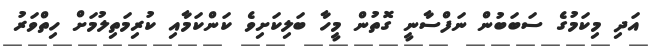
އަދި މިކަމުގެ ސަބަބުން ނަފްސާނީ ގޮތުން މީހާ ބަލިކަށިވެ ކަންކަމާއި ކުރިމަތިލުމަށް ހިތްވަރު